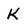
Character: K